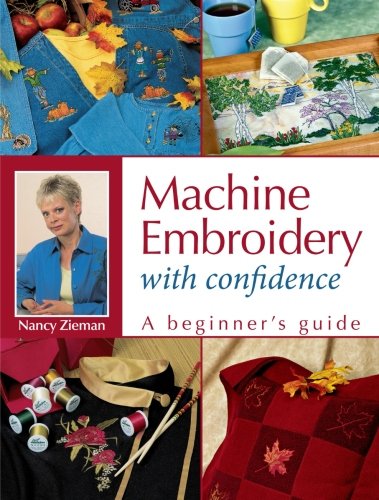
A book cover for Machine Embroidery With Confidence: A Beginner's Guide; Nancy Zieman; Crafts, Hobbies & Home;